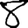
Digit: 8